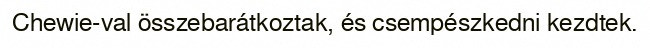
Chewie-val összebarátkoztak, és csempészkedni kezdtek.